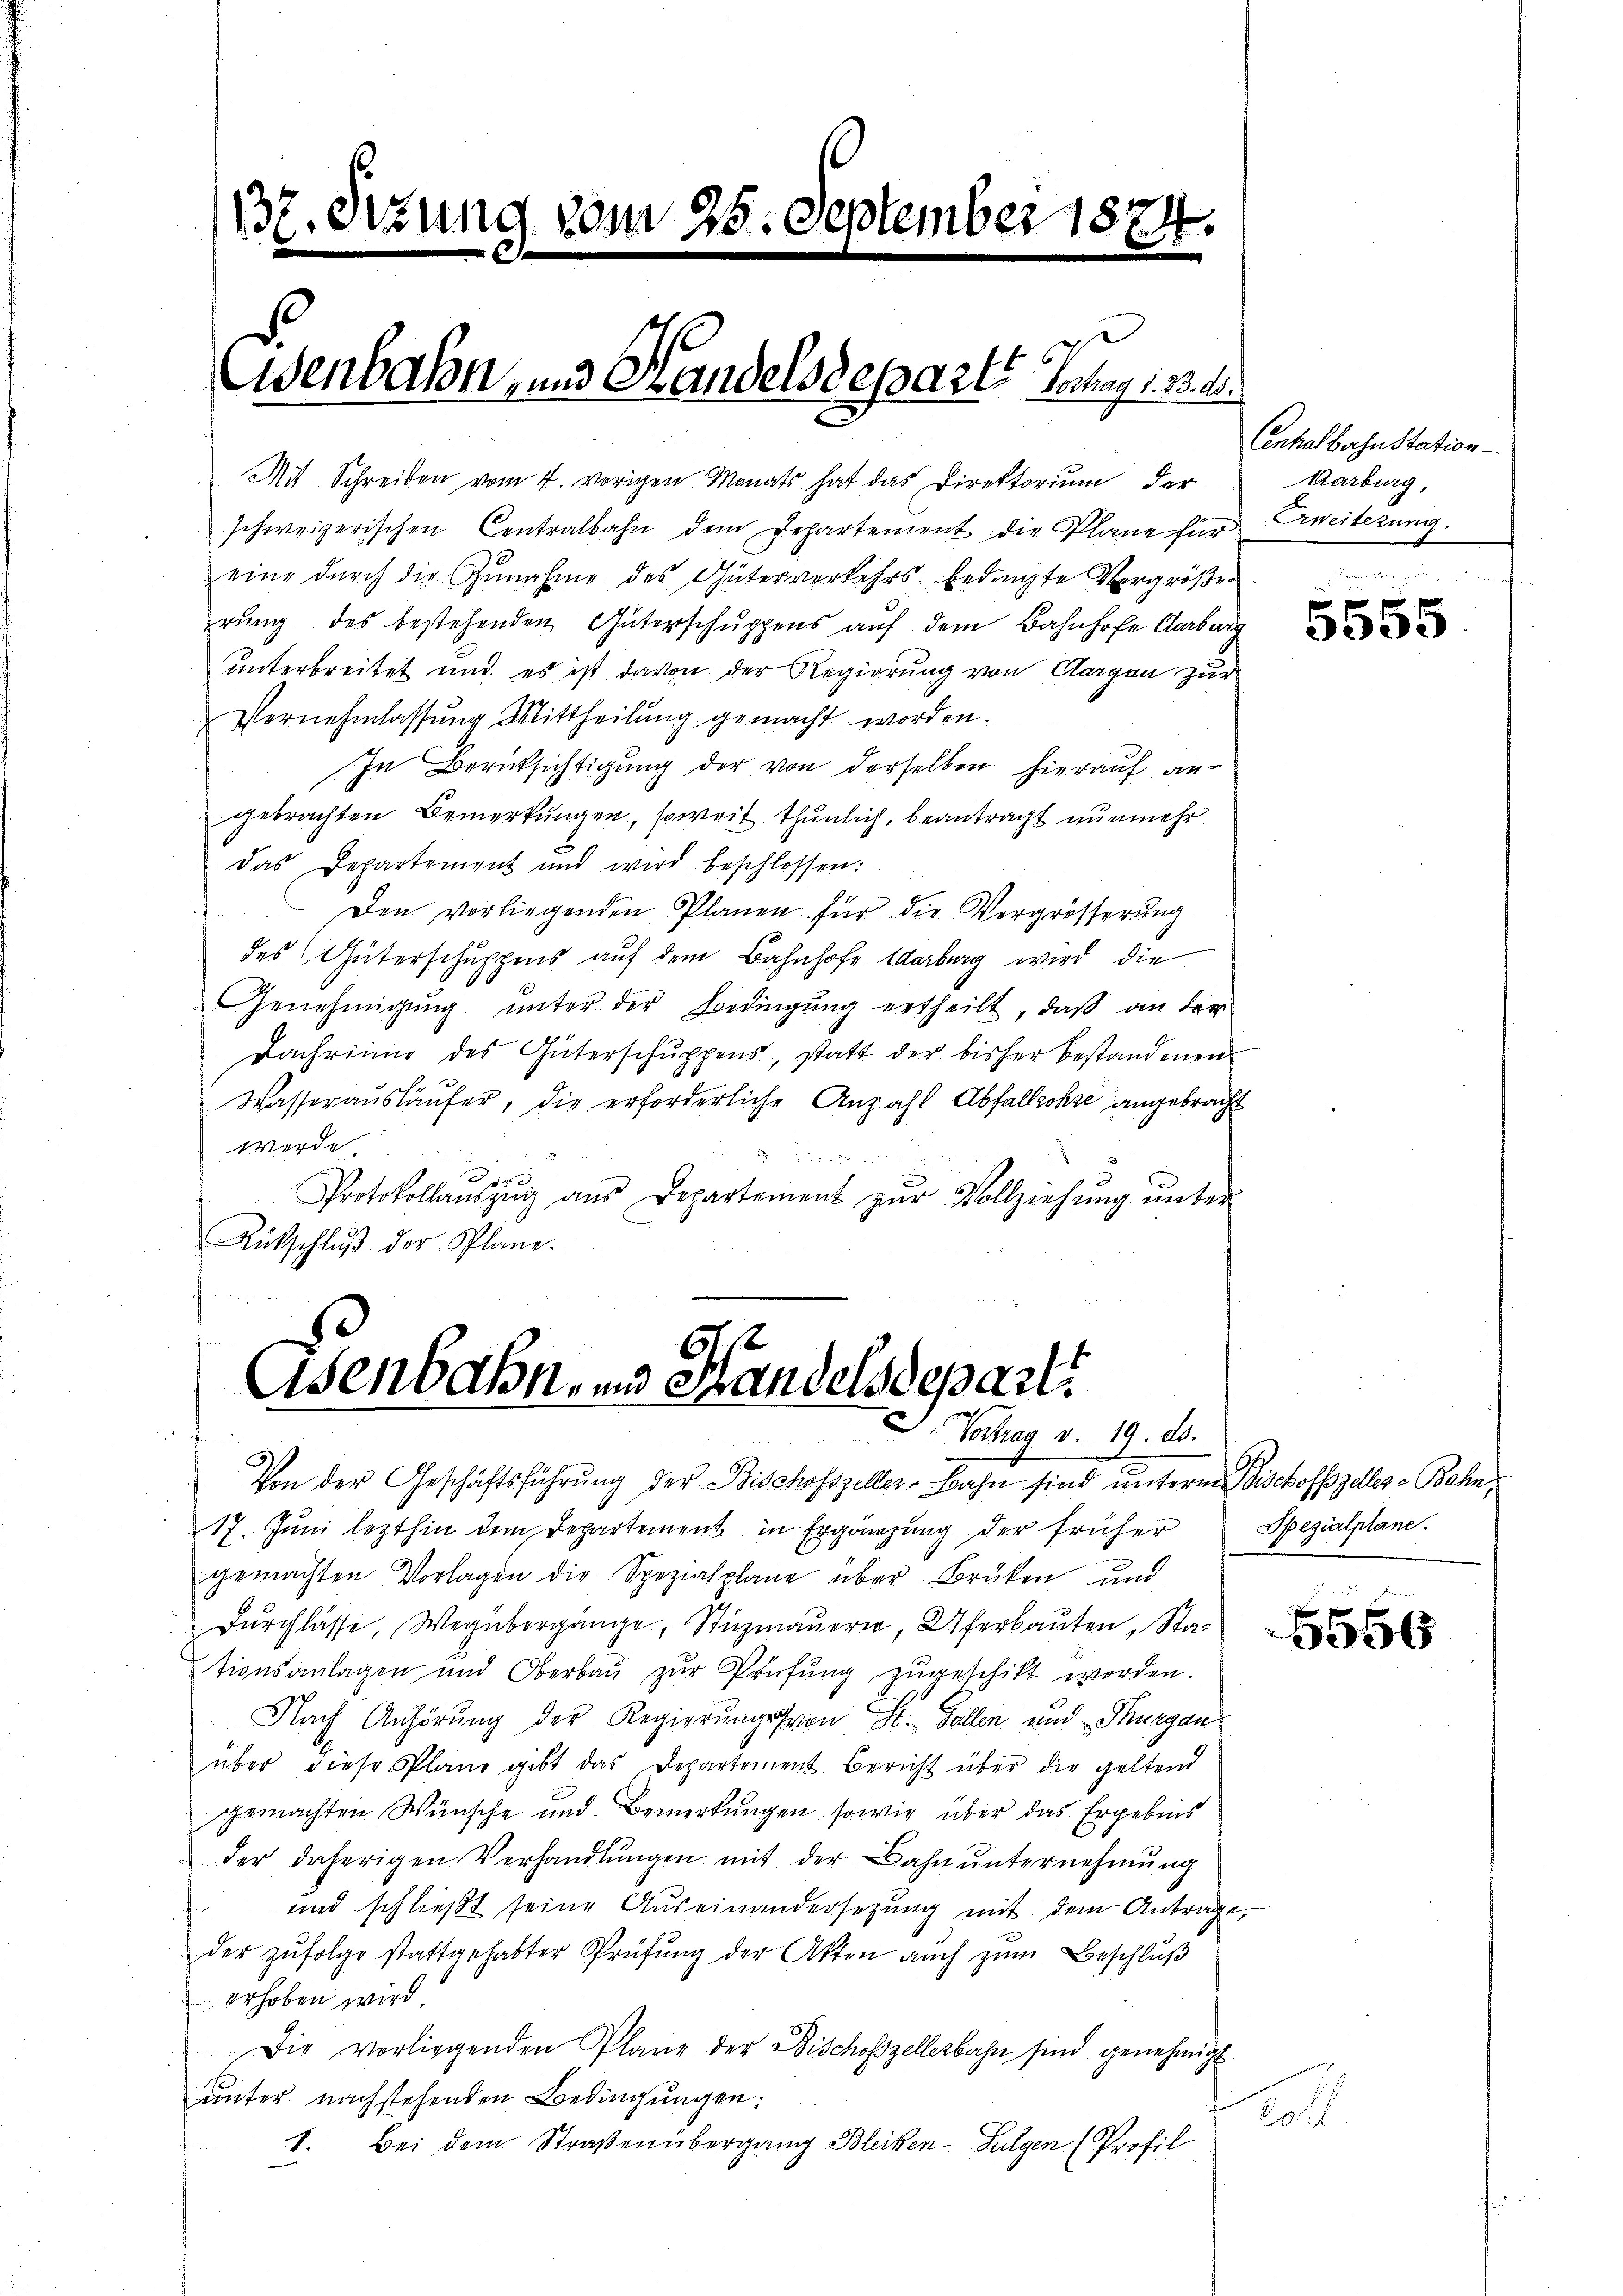
137. Sizung vom 25. September 1874.

schweizerischen Centralbahn dem Departement die Plane für Erweiterung.
eine dŭrch die Zunahme des Güterverkehrsbedingte Vergröße
rung des bestehenden Güterschuppens auf dem Bahnhofe Aarbar
unterbreitet und es ist davon der Regierung von Aargau zur
Vernehmlassŭng Mittheilŭng gemacht worden.
In Berücksichtigung der von derselben hierauf angebrachten Bemerkungen, soweit thunlich, beantragt nunmehr
Das Departement und wird beschlossen:
Den vorliegenden Planen für die Vergrösserung
des Güterschuppens auf dem Bahnhofe Marburg wird die
Genehmigŭng ŭnter der Bedingŭng ertheilt, daβ an der
Dachrinne des Güterschuppens, statt der bisher bestandenen
Wasserausläufer, die erforderliche Anzahl Abfallsohne angebracht
werde
1
Protokollaŭszŭg aŭs Departement zŭr Vollziehŭng ŭnter
Rückschlŭβ der Plane.

Mit Schreiben vom 4. vorigen Monats hat das Direktorium der

Eisenbahn, und Handelsseparte Juny v. 3.

Osenbahn, und Handelsdeparti
Vortrag v. 19. ds.

Von der Geschäftsführŭng der Bischofszeller-Bahn sind unterm Tischofszelles-Bahn,
17. Jŭni lezthin dem Departement in Ergänzŭng der früher Spezialplane.
gemachten Vorlagen die Spezialplane über Brüken und
Dŭrchlasse, Weg übergänge, Stüzmaŭern, Uferbaŭten Stationsanlagen und Oberbaŭ zŭr Prüfŭng zŭgeschikt worden.
Nach Anhörung der Regierungsfvon St. Gallen und Thurgau
über diese Plane gibt das Departement Bericht über die geltend
gemachten Wünsche und Bemerkungen sowie über das Ergebnis
der daherigen Verhandlŭngen mit der Bahn unternehmung
und schlieβt seine Aŭseinandersetzŭng mit dem Antrage,
der zŭfolge stattgehabter Prüfŭng der Akten auch zŭm Beschlŭβ
erhoben wird
Die vorliegenden Plane der Bischofzellerbahn sind genehmigt
unter nachstehenden Bedingungen:
1. Bei dem Straßenübergang Bleiben - Fulgen (Profil

o

Centralbahnstation
Aarburg,

5555